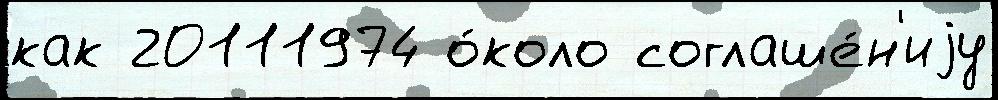
как 20111974 о́коло соглаше́н'иjу